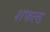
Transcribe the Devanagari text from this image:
शफल्ड